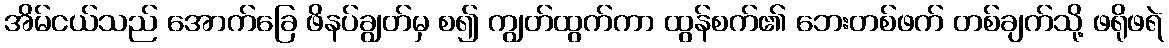
အိမ်ငယ်သည် အောက်ခြေ ဖိနပ်ချွတ်မှ စ၍ ကျွတ်ထွက်ကာ ထွန်စက်၏ ဘေးတစ်ဖက် တစ်ချက်သို့ ဖရိုဖရဲ